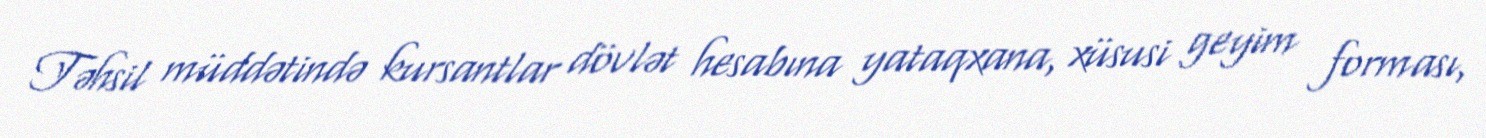
Təhsil müddətində kursantlar dövlət hesabına yataqxana, xüsusi geyim forması,